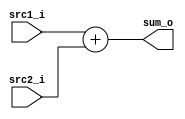
`timescale 1ns/1ps

module Adder(
    input  [32-1:0] src1_i,
    input  [32-1:0] src2_i,
    output reg [32-1:0] sum_o
);

/* Write your code HERE */
always @(*) begin
    sum_o <= src1_i + src2_i;
end


endmodule